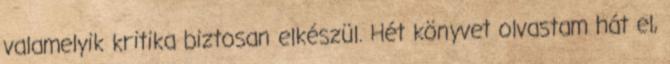
valamelyik kritika biztosan elkészül. Hét könyvet olvastam hát el,